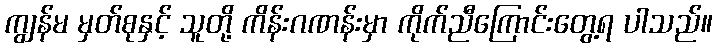
ကျွန်မ မှတ်စုနှင့် သူတို့ ကိန်းဂဏန်းမှာ ကိုက်ညီကြောင်းတွေ့ရ ပါသည်။